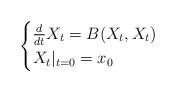
LaTeX: \begin{align*} \begin{cases}\frac{d}{dt} X_t = B(X_t,X_t) \\ X_t|_{t=0} = x_0\end{cases}\end{align*}